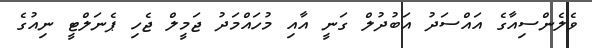
ވެލެންސިއާގެ އައްސަދު އަބުދުލް ގަނީ އާއި މުހައްމަދު ޖަމީލް ޖެހި ޕެނަލްޓީ ނިއުގެ